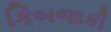
કિબજાકી